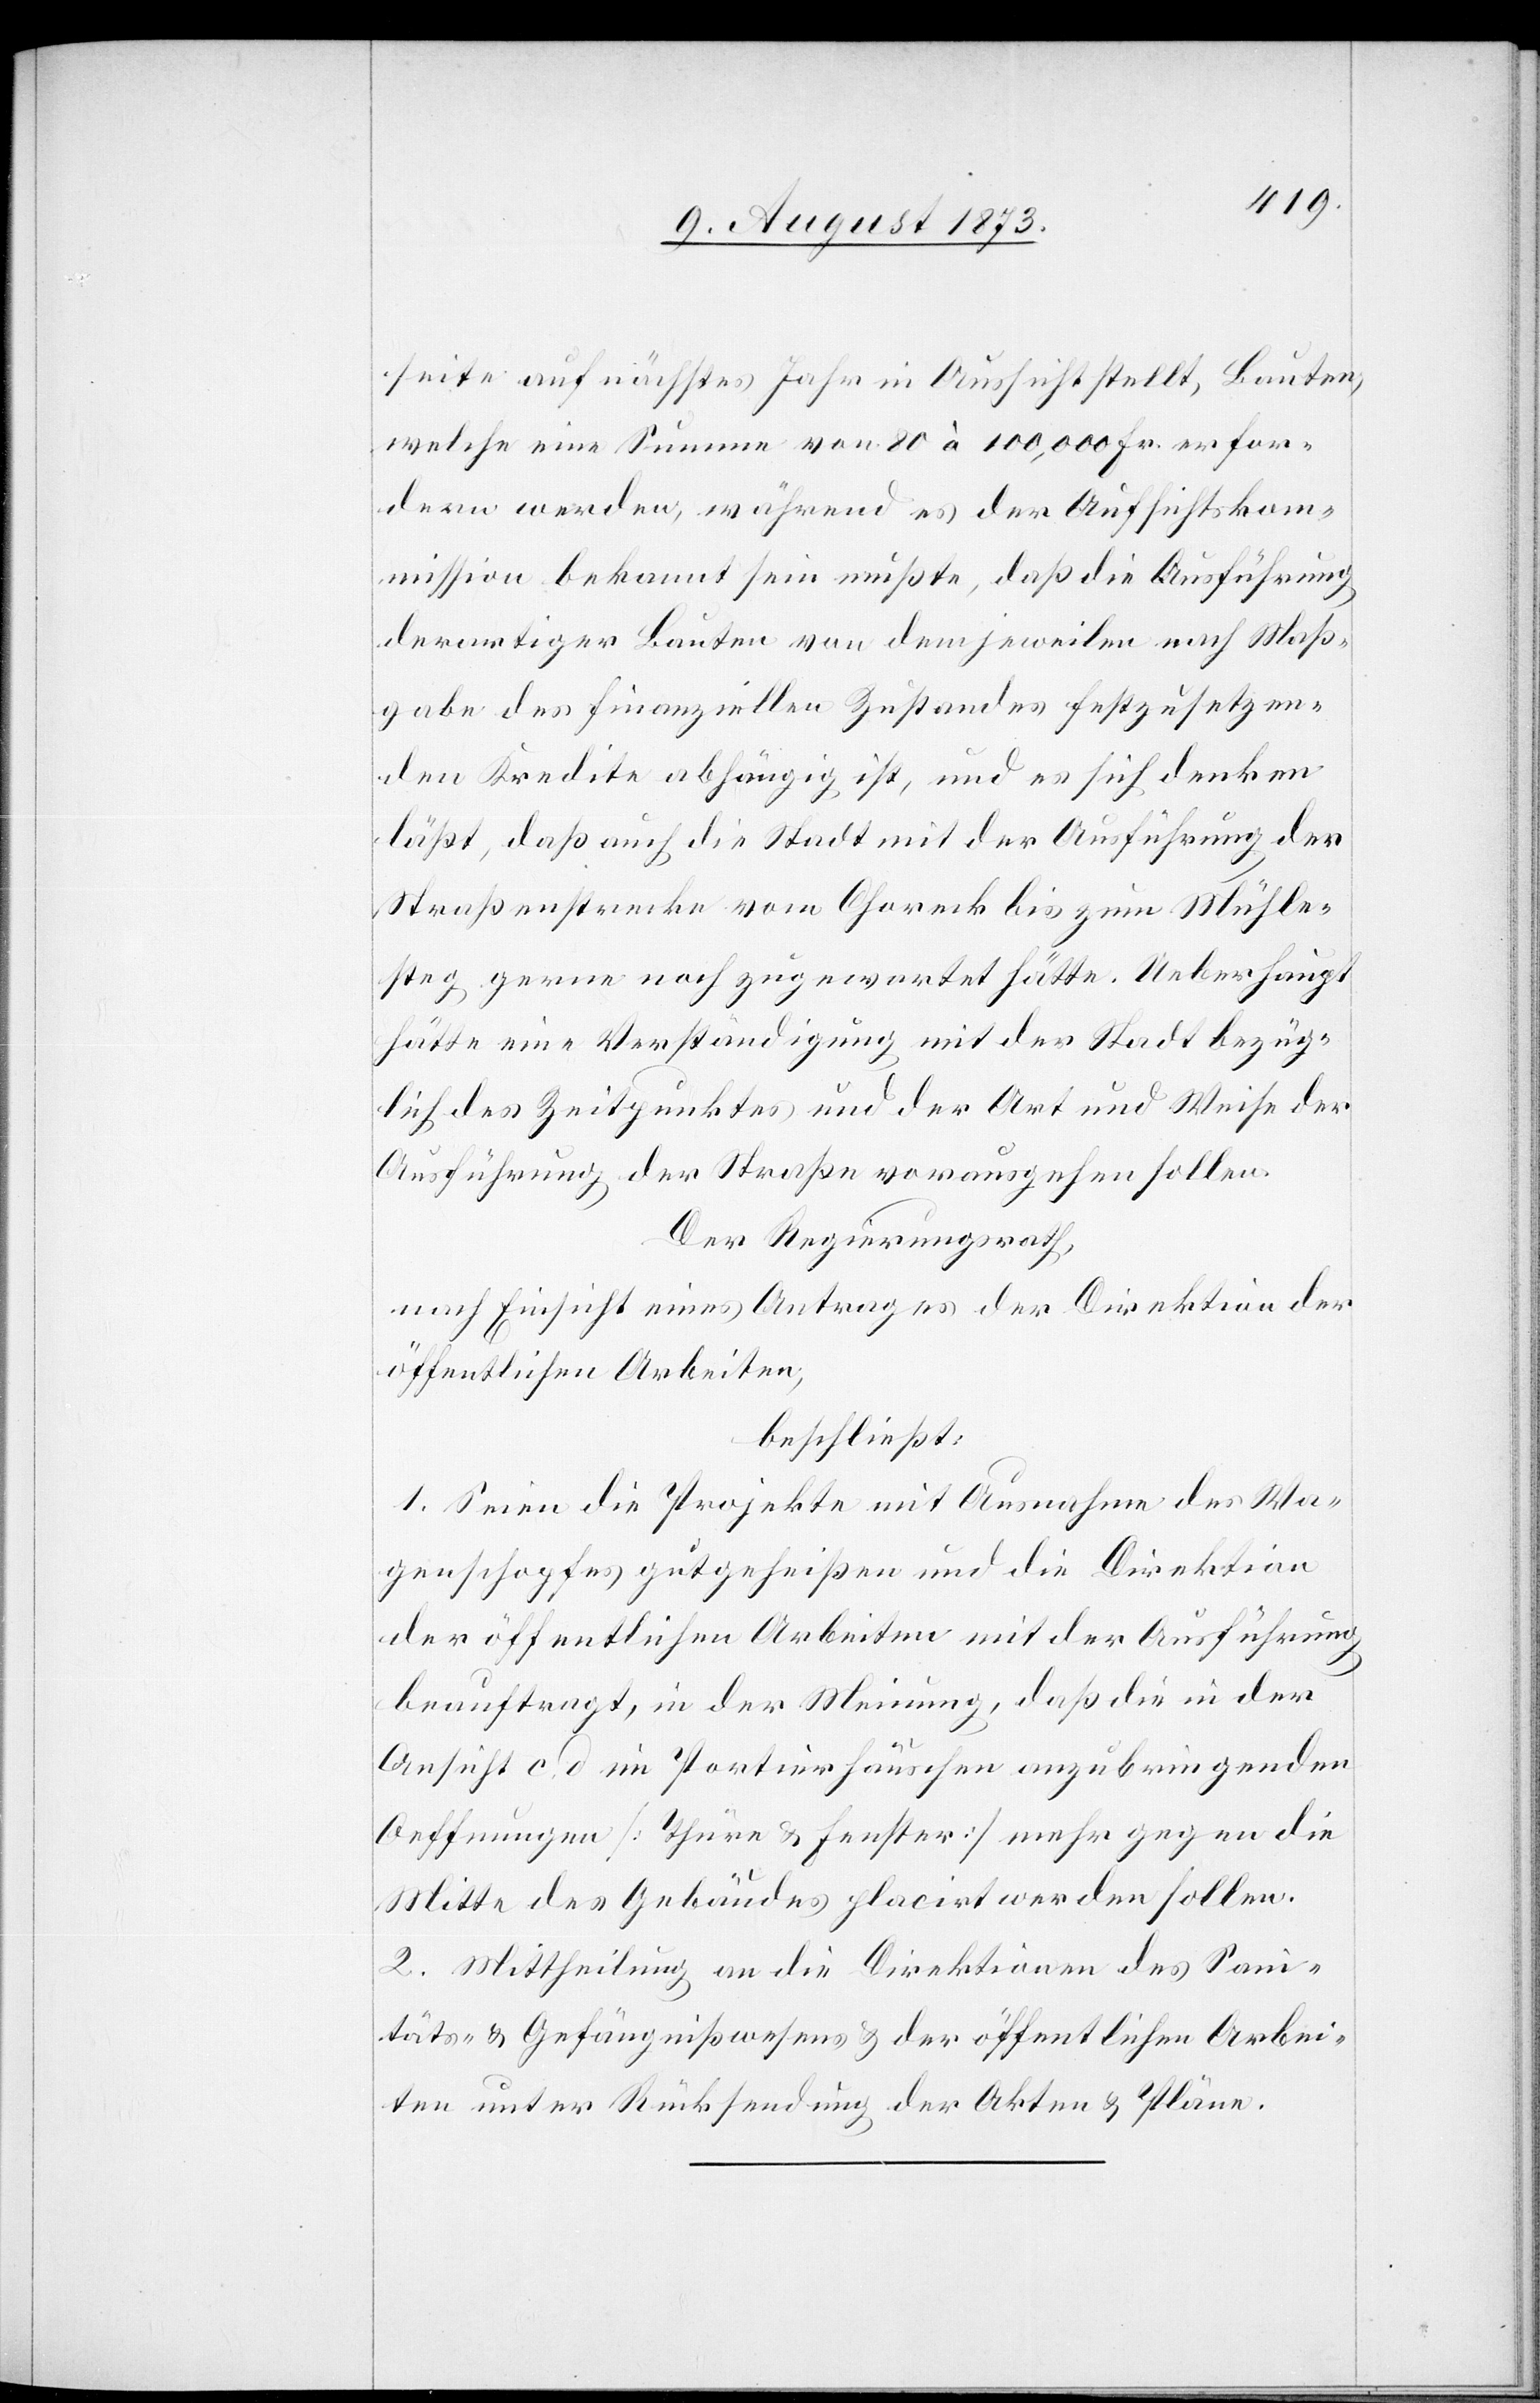
seite auf nächstes Jahr in Aussicht stellt, Bauten,
welche eine Summe von 80 à 100,000 Fr. erfor¬
dern werden, während es der Aufsichtskom¬
mission bekannt sein mußte, daß die Ausführung
derartiger Bauten von dem jeweilen nach Maß¬
gabe des finanziellen Zustandes festzusetzen¬
den Kredite abhängig ist, und es sich denken
läßt, daß auch die Stadt mit der Ausführung der
Straßenstrecke vom Choreck bis zum Mühle¬
steg gerne noch zugewartet hätte. Ueberhaupt
hätte eine Verständigung mit der Stadt bezüg¬
lich des Zeitpunktes und der Art und Weise der
Ausführung der Straße vorausgehen sollen.
Der Regierungsrath,
nach Einsicht eines Antrages der Direktion der
öffentlichen Arbeiten,
beschließt:
1. Seien die Projekte mit Ausnahme des Wa¬
genschopfes gutgeheißen und die Direktion
der öffentlichen Arbeiten mit der Ausführung
beauftragt, in der Meinung, daß die in der
Ansicht c. d im Portierhäuschen anzubringenden
Oeffnungen [Thüre & Fenster] mehr gegen die
Mitte des Gebäudes placirt werden sollen.
2. Mittheilung an die Direktion des Sani¬
täts- & Gefängnißwesens & der öffentlichen Arbei¬
ten unter Rücksendung der Akten & Pläne.